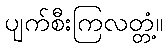
ပျက်စီးကြလတ္တံ့။